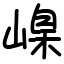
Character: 嵲